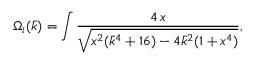
\Omega _ { i } ( \bar { k } ) = \int \frac { 4 \, \d x } { \sqrt { x ^ { 2 } ( \bar { k } ^ { 4 } + 1 6 ) - 4 \bar { k } ^ { 2 } ( 1 + x ^ { 4 } ) } } ,